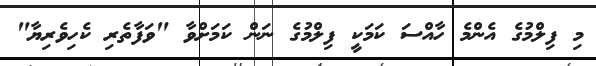
މި ފިލްމުގެ އެންމެ ހާއްސަ ކަމަކީ ފިލްމުގެ ނަން ކަމަށްވާ "ވަފާތެރި ކެހިވެރިޔާ"